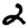
Digit: 2